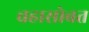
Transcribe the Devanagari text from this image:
चहासोबत